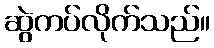
ဆွဲကပ်လိုက်သည်။